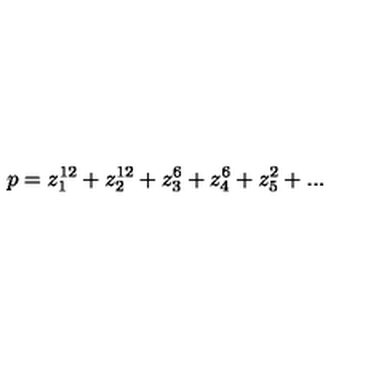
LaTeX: p = z _ { 1 } ^ { 1 2 } + z _ { 2 } ^ { 1 2 } + z _ { 3 } ^ { 6 } + z _ { 4 } ^ { 6 } + z _ { 5 } ^ { 2 } + . . .